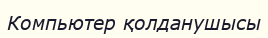
Компьютер қолданушысы